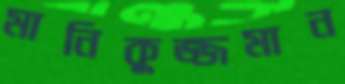
মানিকুজ্জমান